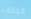
الحثاله